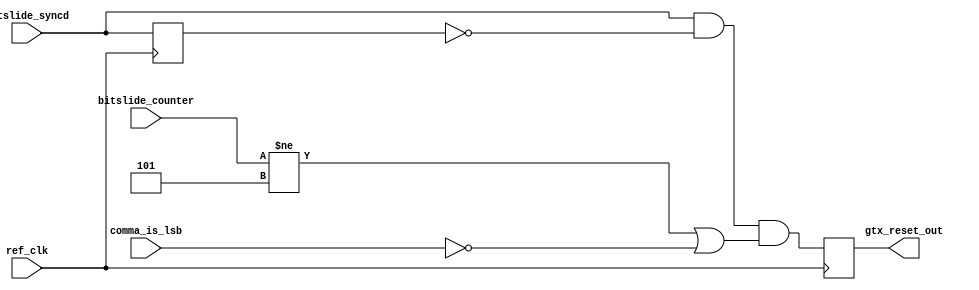
module gtx_rx_phase_force(
	input ref_clk,
	input [4:0] bitslide_counter,
	input bitslide_syncd,
	input comma_is_lsb,
	output gtx_reset_out
);

parameter [4:0] BITSLIDE_COUNTER_FORCE = 5;
parameter COMMA_IS_LSB_FORCE = 1;
reg bitslide_syncd_d = 1'b0;
wire bitslide_syncd_posedge = bitslide_syncd && !bitslide_syncd_d;
wire gtx_reset_condition = bitslide_syncd_posedge && ((bitslide_counter != BITSLIDE_COUNTER_FORCE) || (comma_is_lsb != COMMA_IS_LSB_FORCE));
reg gtx_reset = 1'b0;

always @(posedge ref_clk) begin
	bitslide_syncd_d <= bitslide_syncd;
	gtx_reset <= gtx_reset_condition;
end

assign gtx_reset_out = gtx_reset;

endmodule